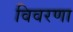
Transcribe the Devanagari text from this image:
विवरणा